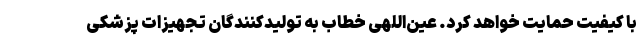
با کیفیت حمایت خواهد کرد. عین‌اللهی خطاب به تولیدکنندگان تجهیزات پزشکی